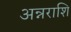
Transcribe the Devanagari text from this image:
अन्नराशि